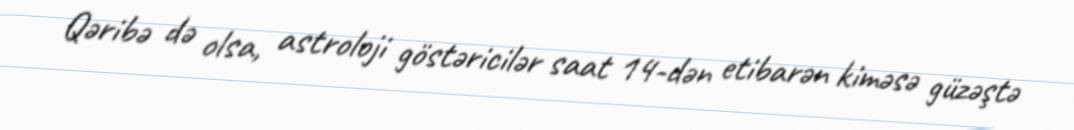
Qəribə də olsa, astroloji göstəricilər saat 14-dən etibarən kiməsə güzəştə